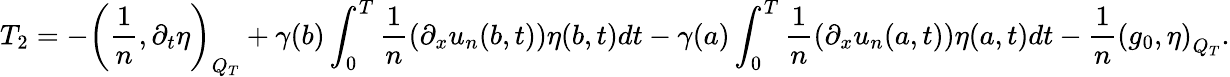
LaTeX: T_{2}=-\left(\frac{1}{n},\partial_{t}\eta\right)_{Q_{T}}+\gamma(b)\int_{0}^{T}\frac{1}{n}\left(\partial_{x}u_{n}(b,t)\right)\eta(b,t)dt-\gamma(a)\int_{0}^{T}\frac{1}{n}\left(\partial_{x}u_{n}(a,t)\right)\eta(a,t)dt-\frac{1}{n}\left(g_{0},\eta\right)_{Q_{T}}.